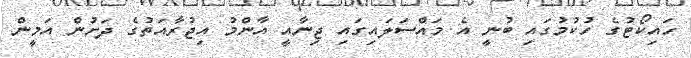
ހައިކޯޓުގެ ހުކުމުގައި ބުނީ އެ މައްސަލައިގައި ޖިނާއީ އާންމު އިޖުރާއަތުގެ ދަށުން އަމީން